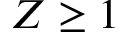
Z \ge 1